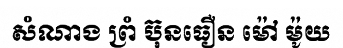
សំណាង ព្រំ ប៊ុនធឿន ម៉ៅ ម៉ូយ